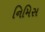
નિમિસ